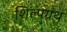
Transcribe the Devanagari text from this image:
शिल्पग्रंथ